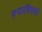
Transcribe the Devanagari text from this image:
रूपाविषयी